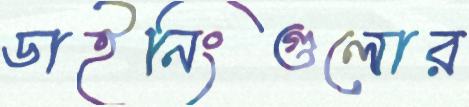
ডাইনিংগুলোর